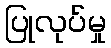
ပြုလုပ်မှု